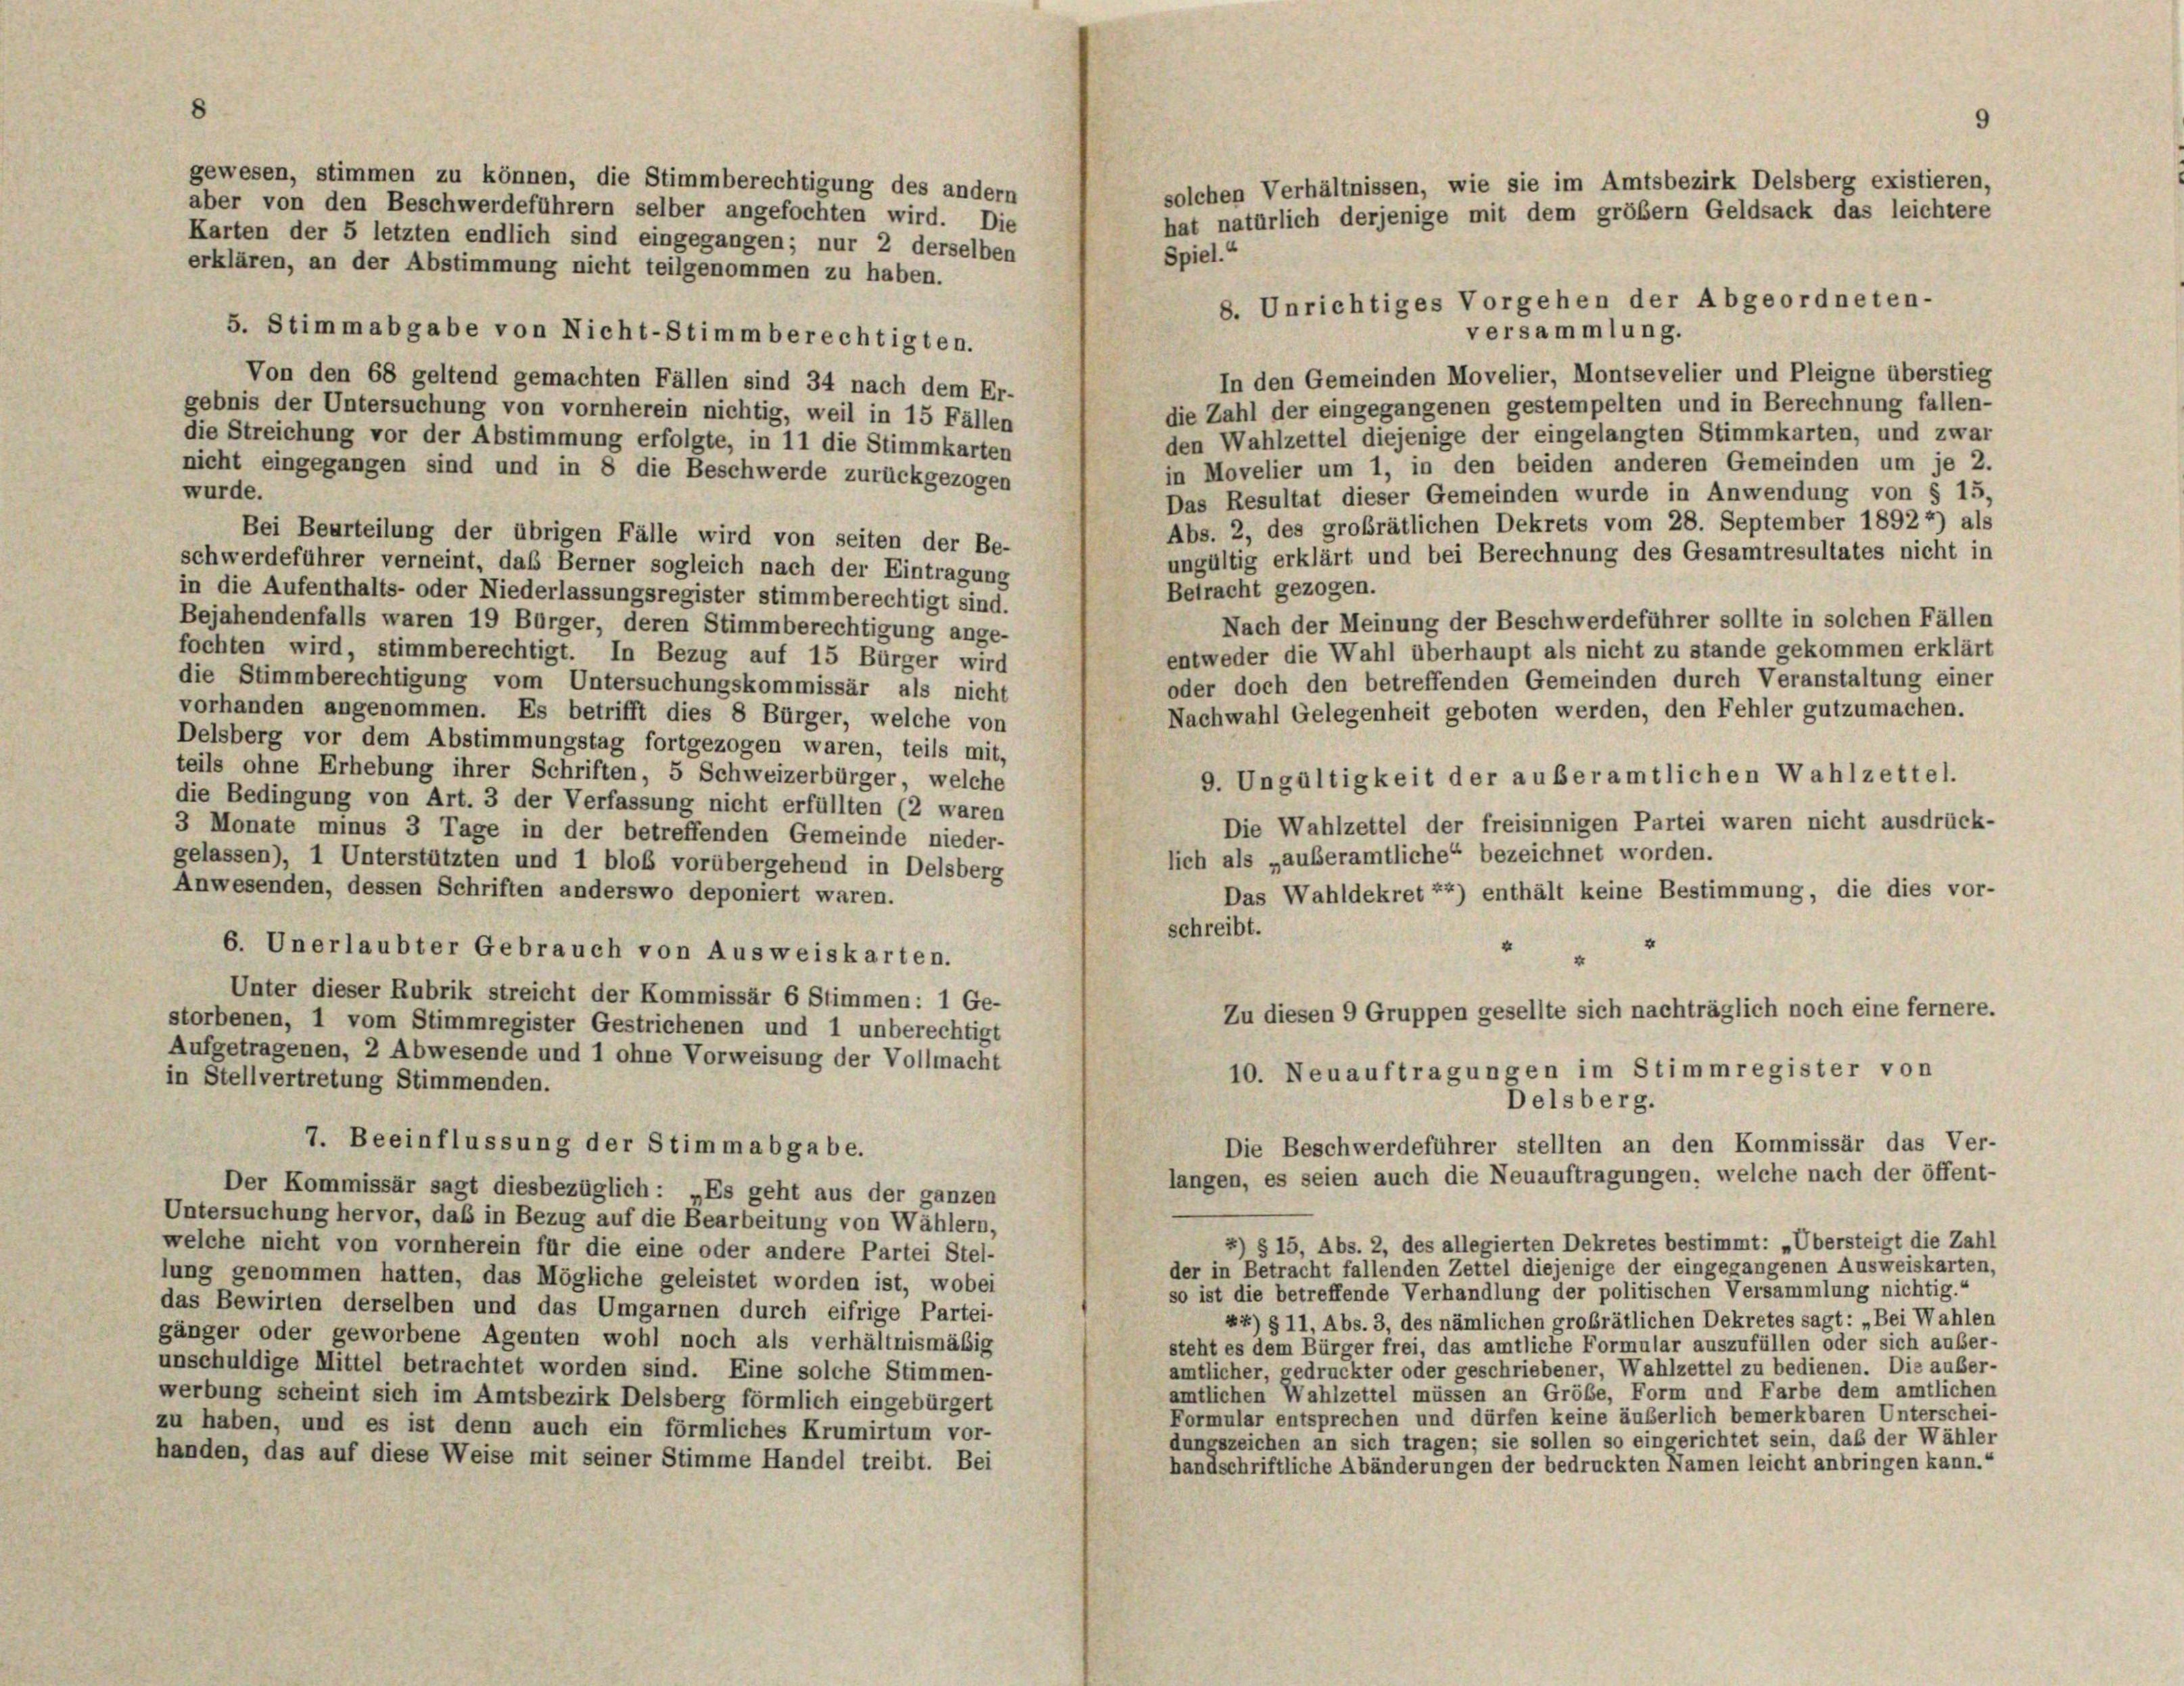
aber von den Beschwerdeführern selber angefochten wird. Die
Karten der 5 letzten endlich sind eingegangen; nur 2 derselben
erklären, an der Abstimmung nicht teilgenommen zu haben.
versammlung.
5. Stimmabgabe von Nicht-Stimmberechtigten.
In den Gemeinden Movelier, Montsevelier und Pleigne überstieg
Von den 68 geltend gemachten Fällen sind 34 nach dem Er-
die Zahl der eingegangenen gestempelten und in Berechnung fallen-
gebnis der Untersuchung von vornherein nichtig, weil in 15 Fällen
den Wahlzettel diejenige der eingelangten Stimmkarten, und zwar
die Streichung vor der Abstimmung erfolgte, in 11 die Stimmkarten
in Movelier um 1, in den beiden anderen Gemeinden um je 2.
nicht eingegangen sind und in 8 die Beschwerde zurückgezogen
wurde.
Das Resultat dieser Gemeinden wurde in Anwendung von § 15,
Abs. 2, des grobrätlichen Dekrets vom 28. September 1892 4) als
Bei Beurteilung der übrigen Fälle wird von seiten der Be-
ungültig erklärt und bei Berechnung des Gesamtresultates nicht in
schwerdeführer verneint, das Berner sogleich nach der Eintragung
Betracht gezogen.
in die Aufenthalts- oder Niederlassungsregister stimmberechtigt sind.
Nach der Meinung der Beschwerdeführer sollte in solchen Fällen
Bejahendenfalls waren 19 Bürger, deren Stimmberechtigung ange-
entweder die Wahl überhaupt als nicht zu stande gekommen erklärt
fochten wird, stimmberechtigt. In Bezug auf 15 Bürger wird
oder doch den betreffenden Gemeinden durch Veranstaltung einer
die Stimmberechtigung vom Untersuchungskommissär als nicht
Nachwahl Gelegenheit geboten werden, den Fehler gutzumachen.
vorhanden angenommen. Es betrifft dies 8 Bürger, welche von
Delsberg vor dem Abstimmungstag fortgezogen waren, teils mit,
teils ohne Erhebung ihrer Schriften, 5 Schweizerbürger, welche
9. Ungültigkeit der auberamtlichen Wahlzettel.
die Bedingung von Art. 3 der Verfassung nicht erfüllten (2 waren
Die Wahlzettel der freisinnigen Partei waren nicht ausdrück-
3 Monate minus 3 Tage in der betreffenden Gemeinde nieder-
lich als „auberamtliche“ bezeichnet worden.
gelassen), 1 Unterstützten und 1 blob vorübergehend in Delsberg
Anwesenden, dessen Schriften anderswo deponiert waren.
Das Wahldekret 74) enthält keine Bestimmung, die dies vor-
schreibt.
“
6. Unerlaubter Gebrauch von Ausweiskarten.
Unter dieser Rubrik streicht der Kommissär 6 Stimmen: 1 Ge-
Zu diesen 9 Gruppen gesellte sich nachträglich noch eine fernere.
storbenen, 1 vom Stimmregister Gestrichenen und 1 unberechtigt
Aufgetragenen, 2 Abwesende und 1 ohne Vorweisung der Vollmacht
10. Neuauftragungen im Stimmregister von
in Stellvertretung Stimmenden.
Delsberg.
7. Beeinflussung der Stimmabgabe.
Die Beschwerdeführer stellten an den Kommissär das Ver-
langen, es seien auch die Neuauftragungen, welche nach der öffent-
Der Kommissär sagt diesbezüglich: „Es geht aus der ganzen
Untersuchung hervor, daß in Bezug auf die Bearbeitung von Wählern,
2) § 15, Abs. 2, des allegierten Dekretes bestimmt: „Übersteigt die Zahl
welche nicht von vornherein für die eine oder andere Partei Stel-
der in Betracht fallenden Zettel diejenige der eingegangenen Ausweiskarten,
lung genommen hatten, das Mögliche geleistet worden ist, wobei
so ist die betreffende Verhandlung der politischen Versammlung nichtig.“
das Bewirten derselben und das Umgarnen durch eifrige Partei-
»4) § 11, Abs. 3, des nämlichen großrätlichen Dekretes sagt: „Bei Wahlen
gänger oder geworbene Agenten wohl noch als verhältnismäßig
steht es dem Bürger frei, das amtliche Formular auszufüllen oder sich auser-
unschuldige Mittel betrachtet worden sind. Eine solche Stimmen-
amtlicher, gedruckter oder geschriebener, Wahlzettel zu bedienen. Die außer-
amtlichen Wahlzettel müssen an Gröbe, Form und Farbe dem amtlichen
werbung scheint sich im Amtsbezirk Delsberg förmlich eingebürgert
Formular entsprechen und dürfen keine äußerlich bemerkbaren Unterschei-
zu haben, und es ist denn auch ein förmliches Krumirtum vor-
dungszeichen an sich tragen; sie sollen so eingerichtet sein, daß der Wähler
handen, das auf diese Weise mit seiner Stimme Handel treibt. Bei
handschriftliche Abänderungen der bedruckten Namen leicht anbringen kann.“

gewesen, stimmen zu können, die Stimmberechtigung des andern

solchen Verhältnissen, wie sie im Amtsbezirk Delsberg existieren,
hat natürlich derjenige mit dem größem Geldsack das leichtere
Spiel.“

8. Unrichtiges Vorgehen der Abgeordneten-